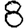
Digit: 8